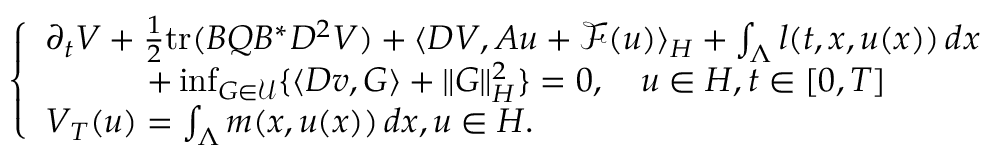
\left\{ \begin{array} { l l } { \partial _ { t } V + \frac { 1 } { 2 } \mathrm { t r } ( B Q B ^ { \ast } D ^ { 2 } V ) + \langle D V , A u + \mathcal { F } ( u ) \rangle _ { H } + \int _ { \Lambda } l ( t , x , u ( x ) ) \, d x } \\ { \quad \qquad + \operatorname* { i n f } _ { G \in \mathcal { U } } \{ \langle D v , G \rangle + \| G \| _ { H } ^ { 2 } \} = 0 , \quad u \in H , t \in [ 0 , T ] } \\ { V _ { T } ( u ) = \int _ { \Lambda } m ( x , u ( x ) ) \, d x , u \in H . } \end{array} \right.